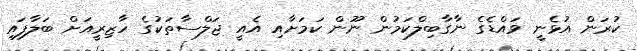
ކުރަން އުޅެނީ ވައްޑެގެ ނާގާބިލްކަމުން ނޫން ކަމަށާއި އެއީ ޖަލްސާތަކުގެ ހާޒިރީއަށް ބަލާފައި